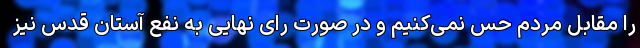
را مقابل مردم حس نمی‌کنیم و در صورت رای نهایی به نفع آستان قدس نیز